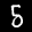
Label: 5